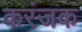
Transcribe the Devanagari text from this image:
करंजक